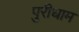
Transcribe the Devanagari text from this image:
पुरीधाम